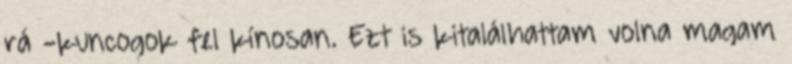
rá -kuncogok fel kínosan. Ezt is kitalálhattam volna magam